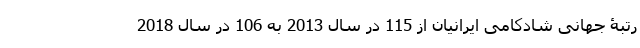
رتبۀ جهانی شادکامی ایرانیان از 115 در سال 2013 به 106 در سال 2018